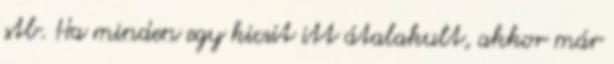
stb. Ha minden egy kicsit itt átalakult, akkor már